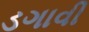
ડગાવી